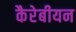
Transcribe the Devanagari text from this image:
कैरेबीयन